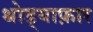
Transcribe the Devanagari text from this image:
थोड्याफ़ार